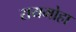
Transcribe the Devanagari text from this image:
रायमोहा